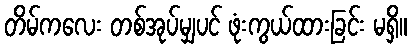
တိမ်ကလေး တစ်အုပ်မျှပင် ဖုံးကွယ်ထားခြင်း မရှိ။